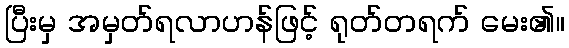
ပြီးမှ အမှတ်ရလာဟန်ဖြင့် ရုတ်တရက် မေး၏။